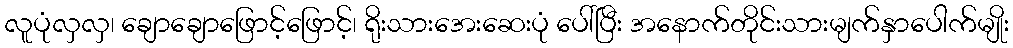
လူပုံလှလှ၊ ချောချောဖြောင့်ဖြောင့်၊ ရိုးသားအေးဆေးပုံ ပေါ်ပြီး အနောက်တိုင်းသားမျက်နှာပေါက်မျိုး